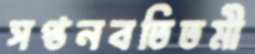
সপ্তনবতিতমী